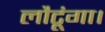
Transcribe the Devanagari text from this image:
लौटूंगा।